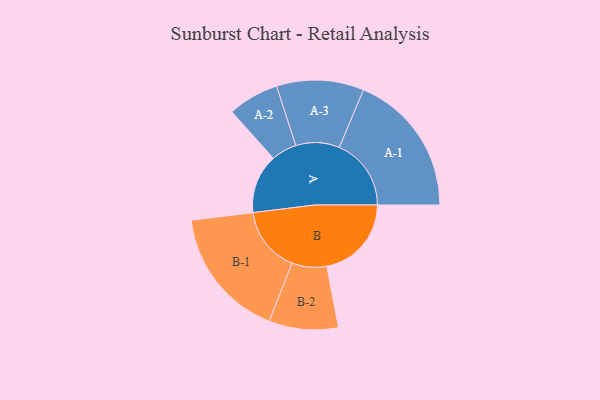
{"axis": {"x": "Segment", "y": "Value"}, "legend": ["", "A", "B"], "data": [{"x": "A", "y": 232, "type": ""}, {"x": "B", "y": 332, "type": ""}, {"x": "A-1", "y": 282, "type": "A"}, {"x": "A-2", "y": 100, "type": "A"}, {"x": "A-3", "y": 171, "type": "A"}, {"x": "B-1", "y": 258, "type": "B"}, {"x": "B-2", "y": 136, "type": "B"}]}